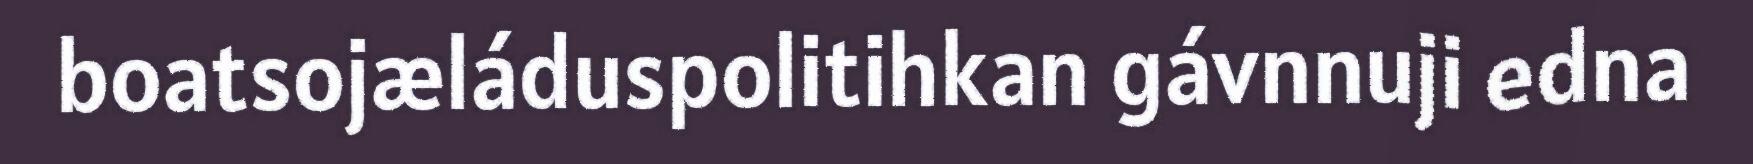
boatsojæláduspolitihkan gávnnuji edna